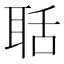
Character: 聒